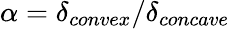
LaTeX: \alpha=\delta_{convex}/\delta_{concave}